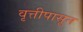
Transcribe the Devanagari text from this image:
वृत्तीपासून